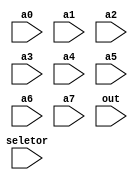
module mux_8
(
    input wire [2:0]seletor,
    
    input wire [31:0] a0,
    input wire [31:0] a1,
    input wire [31:0] a2,
    input wire [31:0] a3,
    input wire [31:0] a4,
    input wire [31:0] a5,
    input wire [31:0] a6,
    input wire [31:0] a7,
    
    input wire [31:0] out
);

wire [31:0] w0, w1, w2, w3, w4, w5;
assign w0 = {seletor[0]?a1:a0};
assign w1 = {seletor[0]?a3:a2};
assign w2 = {seletor[0]?a5:a4};
assign w3 = {seletor[0]?a7:a6};

assign w4 = {seletor[1]?w1:w0};
assign w5 = {seletor[1]?w3:w2};

assign out = {seletor[2]?w5:w4};

endmodule